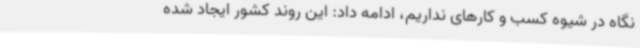
نگاه در شیوه کسب و کارهای نداریم، ادامه داد: این روند کشور ایجاد شده